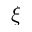
\xi